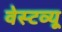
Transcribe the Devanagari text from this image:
वेस्टव्यू